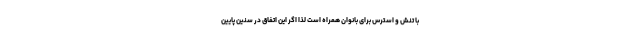
با تنش و استرس برای بانوان همراه است لذا اگر این اتفاق در سنین پایین